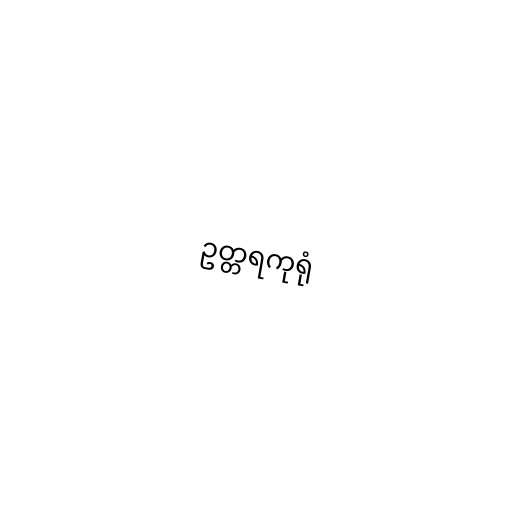
ဥတ္တရကုရုံ